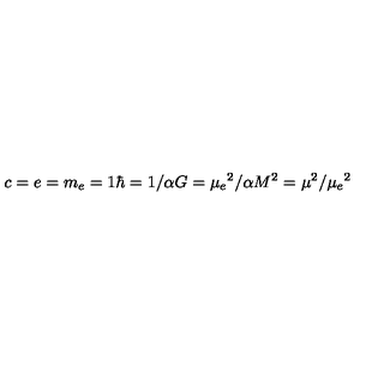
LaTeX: c = e = m _ { e } = 1 \hbar = 1 / \alpha G = \mu _ { e } { } ^ { 2 } / \alpha M ^ { 2 } = \mu ^ { 2 } / \mu _ { e } { } ^ { 2 }